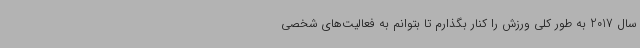
سال 2017 به طور کلی ورزش را کنار بگذارم تا بتوانم به فعالیت‌های شخصی